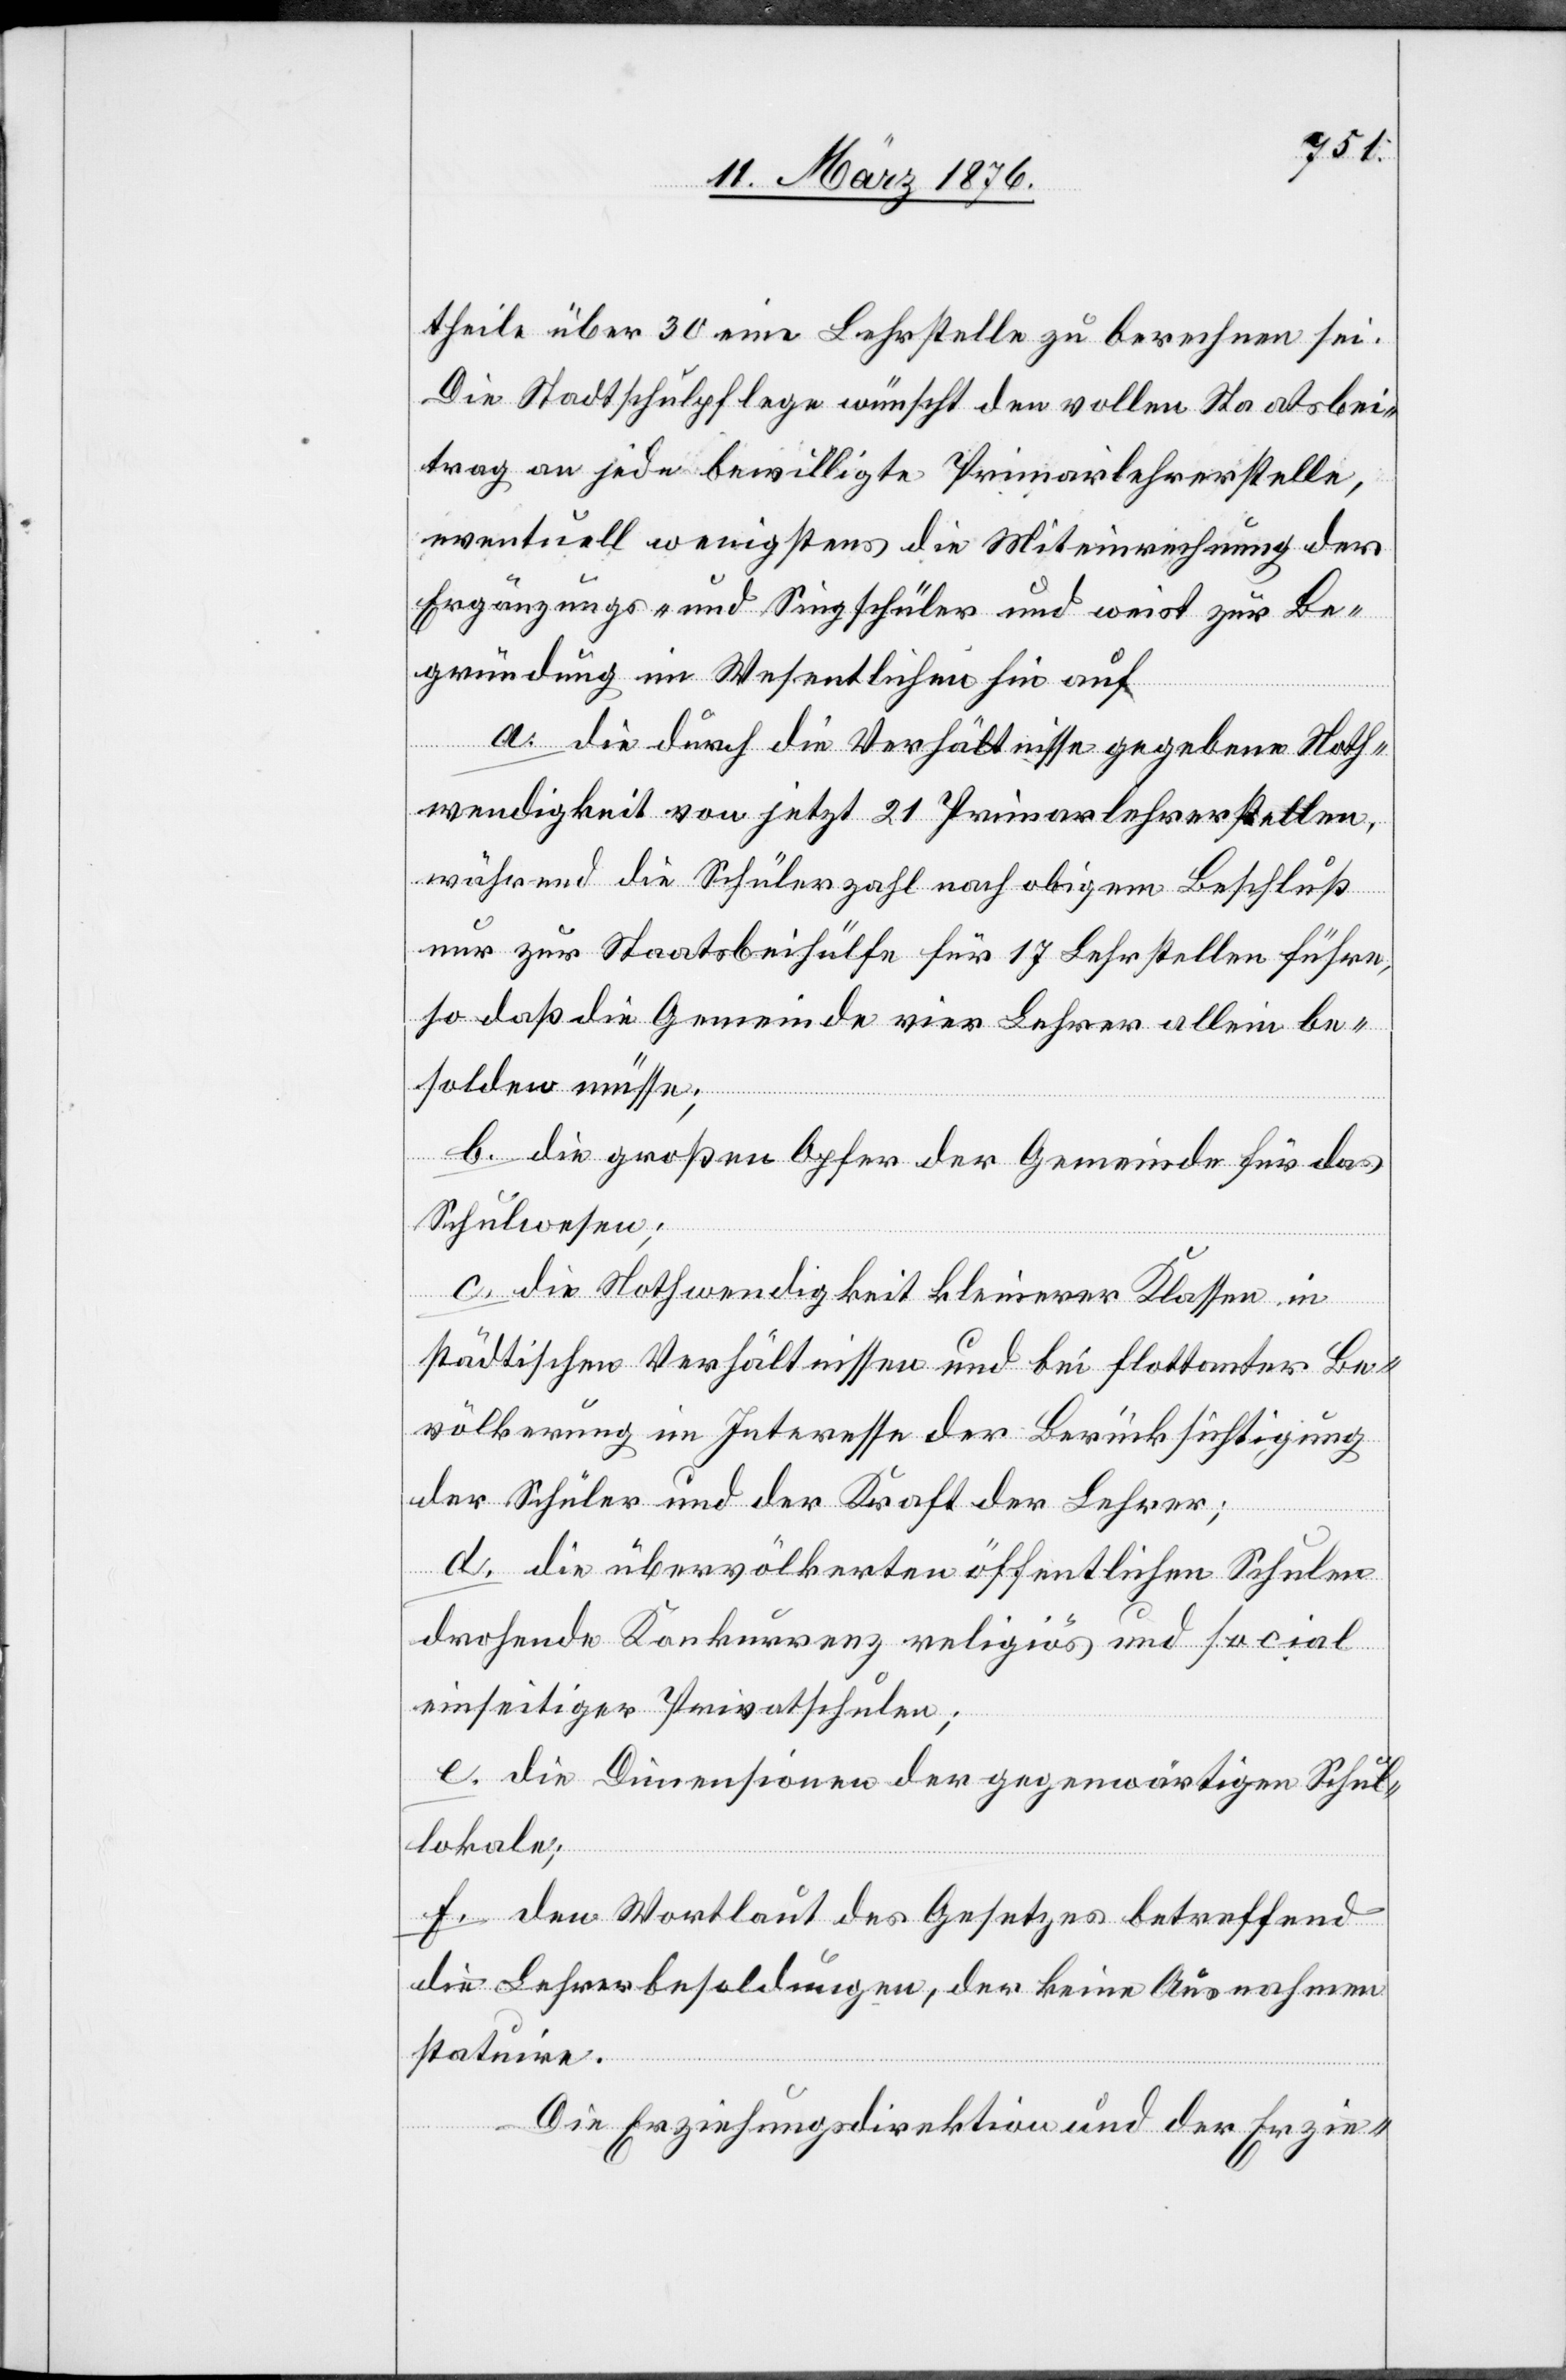
theile über 30 eine Lehrstelle zu berechnen sei.
Die Stadtschulpflege wünscht den vollen Staatsbei¬
trag an jede bewilligte Primarlehrerstelle,
eventuell wenigstens die Miteinrechnung der
Ergänzungs- und Singschüler und weist zur Be¬
gründung im Wesentlichen auf
a. die durch die Verhältnisse gegebene Noth¬
wendigkeit von jetzt 21 Primarlehrerstellen,
während die Schülerzahl nach obigem Beschluß
nur zur Staatsbeihülfe für 17 Lehrstellen führe,
so daß die Gemeinde vier Lehrer allein be¬
solden müsse;
b. die großen Opfer der Gemeinde für das
Schulwesen;
c. die Nothwendigkeit kleinerer Klassen in
städtischen Verhältnissen und bei flottanter Be¬
völkerung im Interesse der Berücksichtigung
der Schüler und der Kraft der Lehrer;
d. die übervölkerten öffentlichen Schulen
drohende Konkurrenz religiös und social
einseitiger Privatschulen;
e. die Dimensionen der gegenwärtigen Schul¬
lokale;
f. den Wortlaut des Gesetzes betreffend
die Lehrerbesoldungen, der keine Ausnahme
statuire.
Die Erziehungsdirektion und der Erzie-